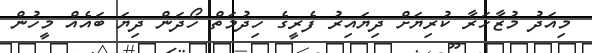
މިއަދު މުޒާހަރާ ކުރިޔަށް ދިޔައިރު ފެރީގެ ހިދުމަތް ހޯދަން ދިޔަ ބައެއް މީހުން